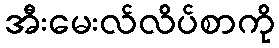
အီးမေးလ်လိပ်စာကို